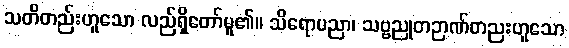
သတိတည်းဟူသော လည်ရှိတော်မူ၏။ သိရောပညာ၊ သဗ္ဗညုတဉာဏ်တညးဟူသော